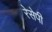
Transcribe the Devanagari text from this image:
रेसेपी